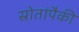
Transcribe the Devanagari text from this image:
स्रोतांपैकी